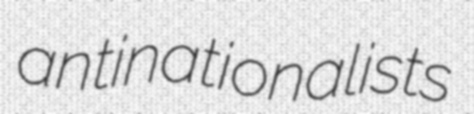
antinationalists